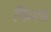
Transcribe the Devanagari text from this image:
फिश्ड